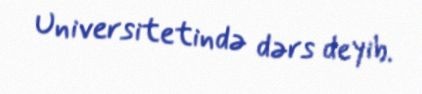
Universitetində dərs deyib.